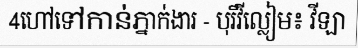
4ហៅទៅកាន់ភ្នាក់ងារ - បុរីវីល្លៀម៖ វីឡា